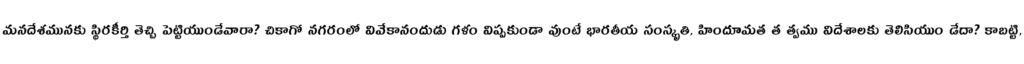
మనదేశమునకు స్థిరకీర్తి తెచ్చి పెట్టియుండేవారా? చికాగో నగరంలో వివేకానందుడు గళం విప్పకుండా వుంటే భారతీయ సంస్కృతి, హిందూమత త త్వము విదేశాలకు తెలిసియుం డేదా? కాబట్టి,